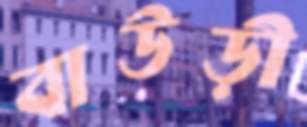
বাউড়ী